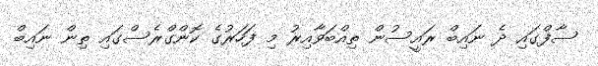
ސާފްގައި ދެ ނައިބް ރައީސުން ތިއްބަވާއިރު މި ފަހަރުގެ ކޮންގްރެސްގައި ތިން ނައިބް